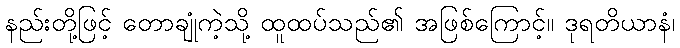
နည်းတို့ဖြင့် တောချုံကဲ့သို့ ထူထပ်သည်၏ အဖြစ်ကြောင့်။ ဒုရတိယာနံ၊